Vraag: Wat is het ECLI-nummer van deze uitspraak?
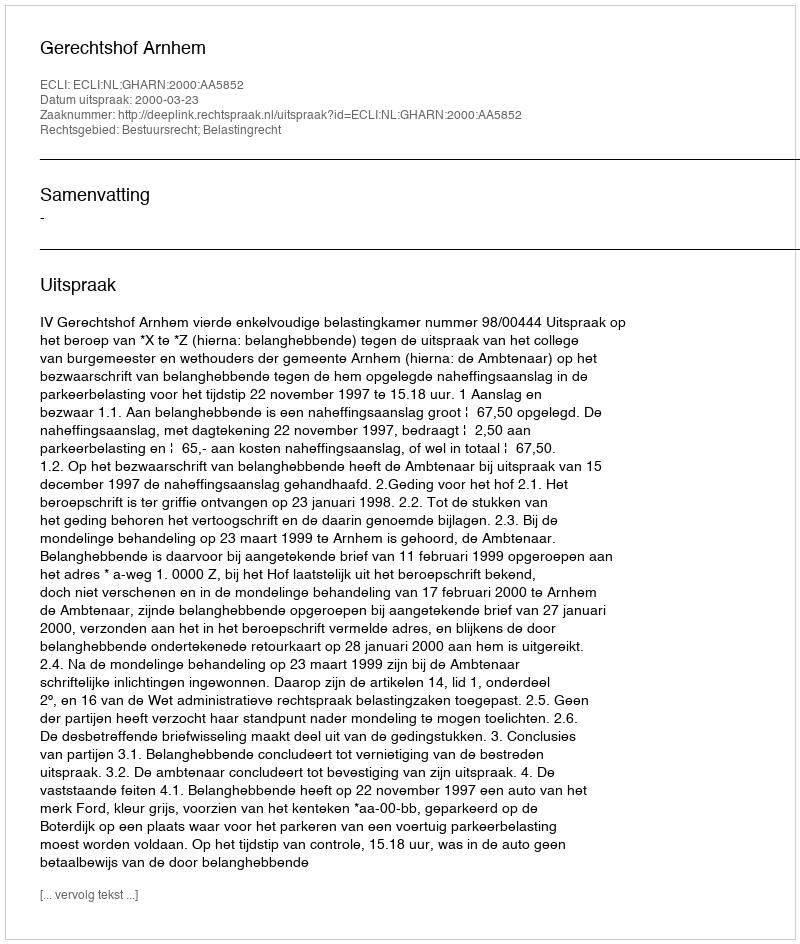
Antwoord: ECLI:NL:GHARN:2000:AA5852